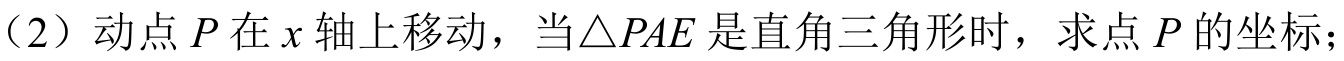
（2）动点\(P\)在\(x\)轴上移动，当\(\triangle PAE\)是直角三角形时，求点\(P\)的坐标；